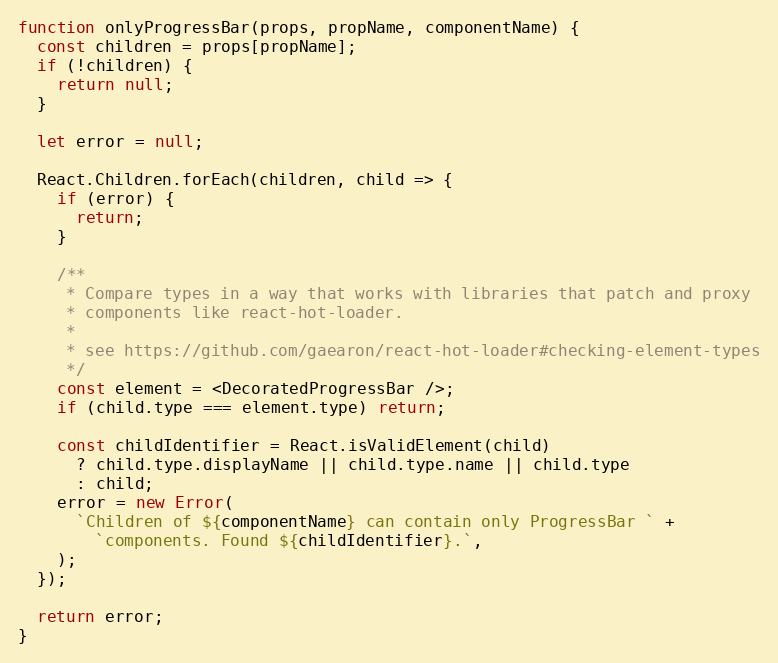
Language: JavaScript
function onlyProgressBar(props, propName, componentName) {
  const children = props[propName];
  if (!children) {
    return null;
  }

  let error = null;

  React.Children.forEach(children, child => {
    if (error) {
      return;
    }

    /**
     * Compare types in a way that works with libraries that patch and proxy
     * components like react-hot-loader.
     *
     * see https://github.com/gaearon/react-hot-loader#checking-element-types
     */
    const element = <DecoratedProgressBar />;
    if (child.type === element.type) return;

    const childIdentifier = React.isValidElement(child)
      ? child.type.displayName || child.type.name || child.type
      : child;
    error = new Error(
      `Children of ${componentName} can contain only ProgressBar ` +
        `components. Found ${childIdentifier}.`,
    );
  });

  return error;
}